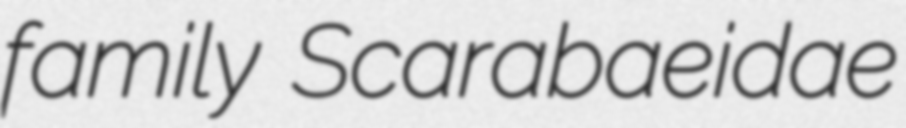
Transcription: family Scarabaeidae